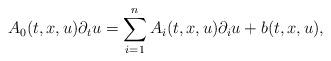
LaTeX: \begin{align*}A_0(t,x,u) \partial_t u = \sum_{i = 1}^n A_{i}(t,x,u) \partial_{i} u + b(t,x,u), \end{align*}